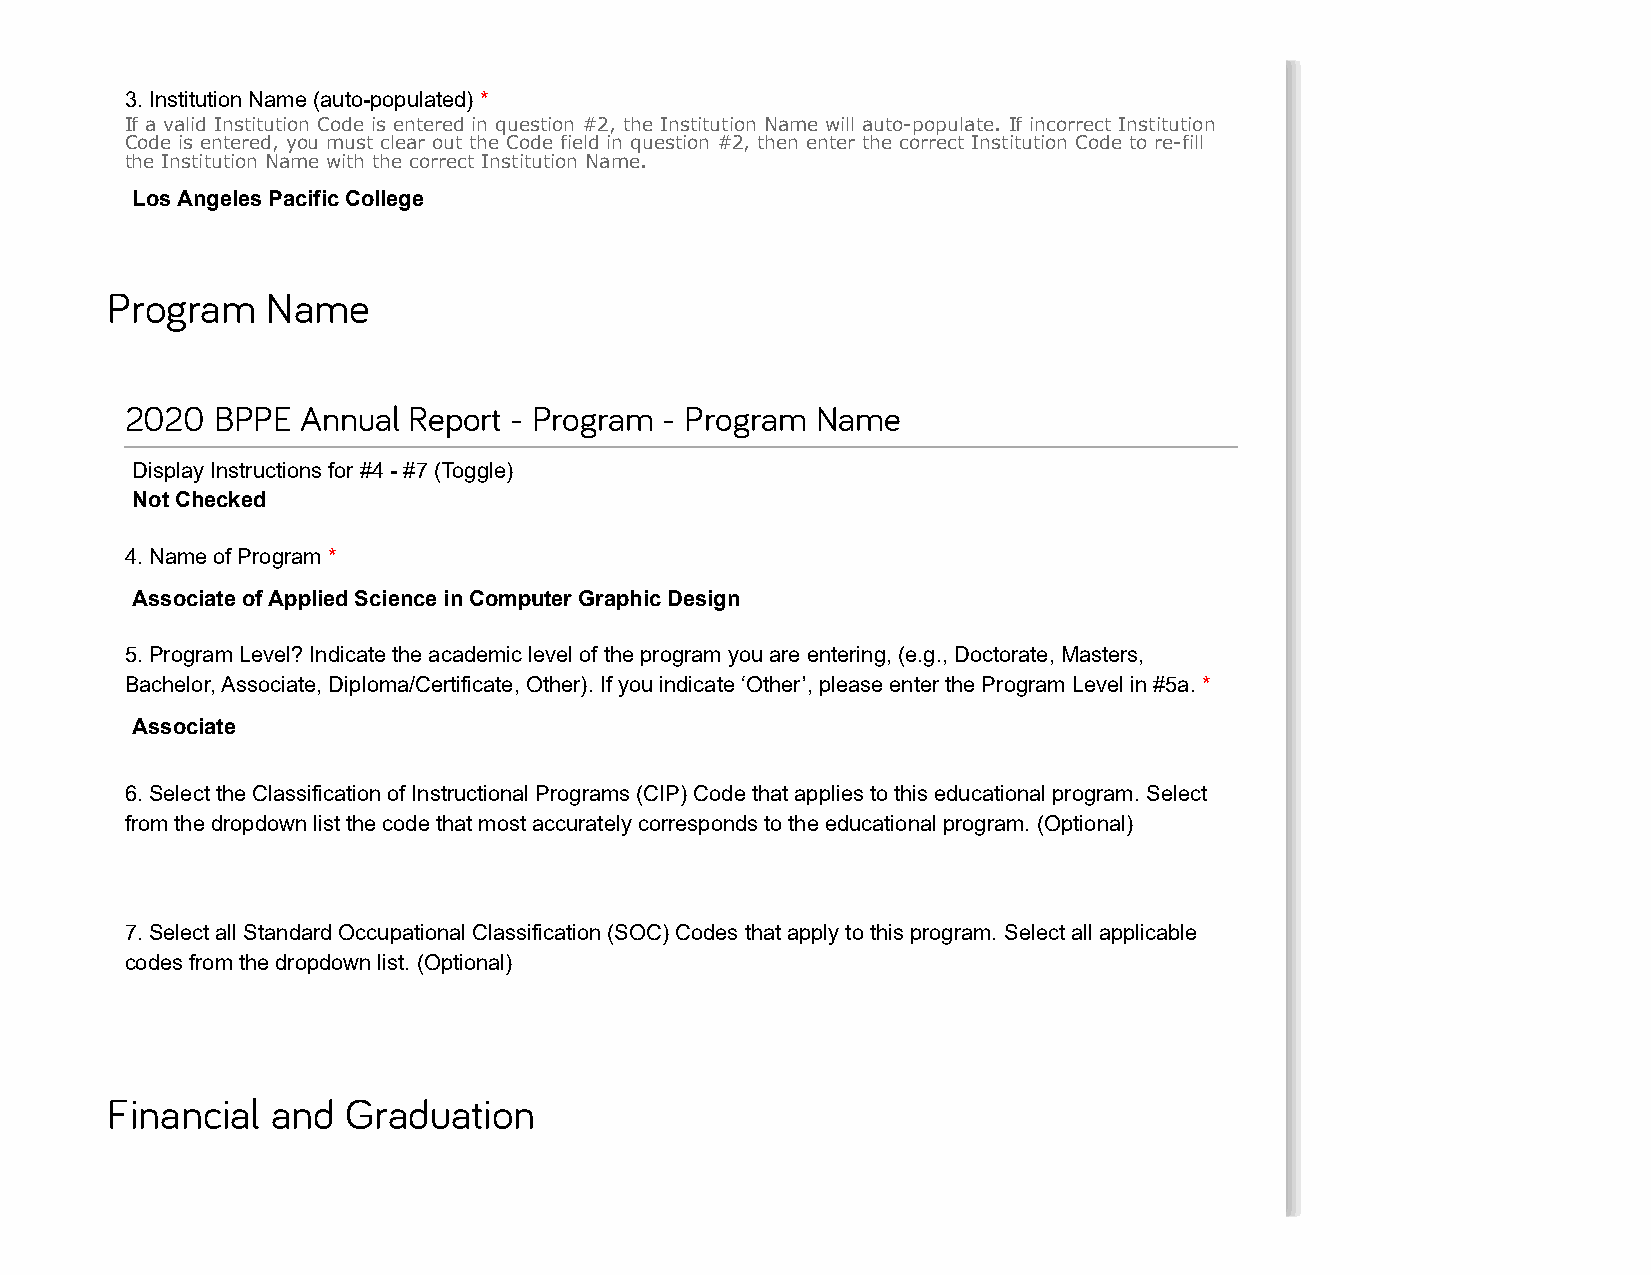
3. Institution Name (auto-populated) *
 If a valid Institution Code is entered in question #2, the Institution Name will auto-populate. If incorrect Institution
 Code is entered, you must clear out the Code field in question #2, then enter the correct Institution Code to re-fill
 the Institution Name with the correct Institution Name.
 Los Angeles Pacific College
 Program    Name
 2020  BPPE  Annual Report - Program - Program Name
 Display Instructions for #4 - #7 (Toggle)
 Not Checked
 4. Name of Program *
 Associate of Applied Science in Computer Graphic Design
 5. Program Level? Indicate the academic level of the program you are entering, (e.g., Doctorate, Masters,
 Bachelor, Associate, Diploma/Certificate, Other). If you indicate ‘Other’, please enter the Program Level in #5a. *
 Associate
 6. Select the Classification of Instructional Programs (CIP) Code that applies to this educational program. Select
 from the dropdown list the code that most accurately corresponds to the educational program. (Optional)
 7. Select all Standard Occupational Classification (SOC) Codes that apply to this program. Select all applicable
 codes from the dropdown list. (Optional)
 Financial  and  Graduation